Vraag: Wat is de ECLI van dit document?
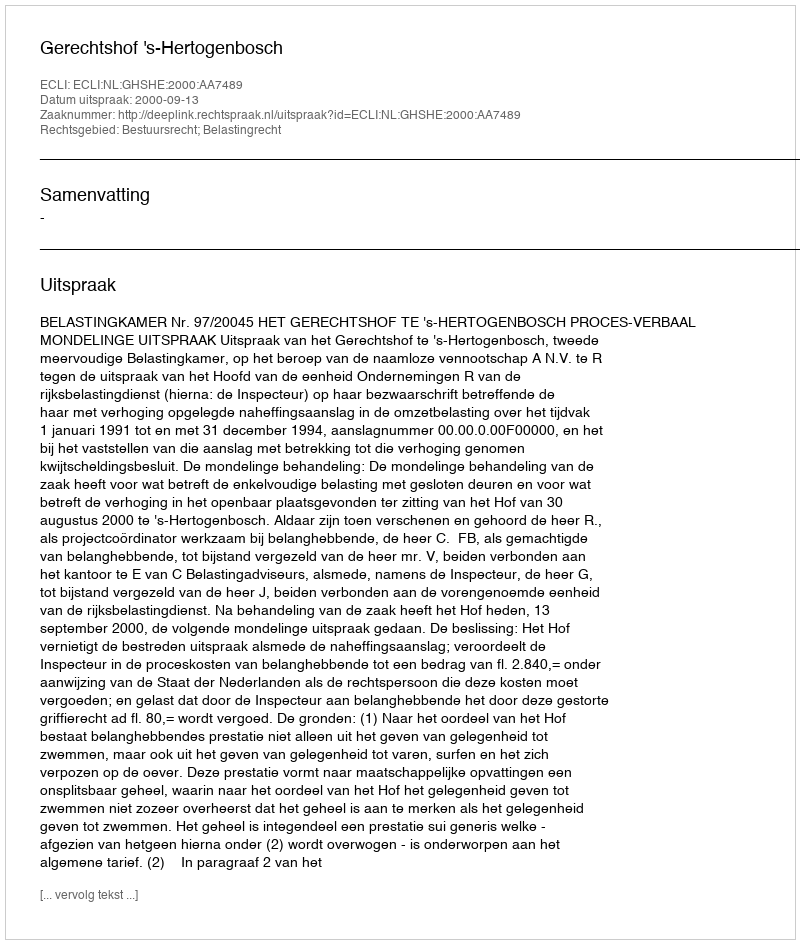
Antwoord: ECLI:NL:GHSHE:2000:AA7489